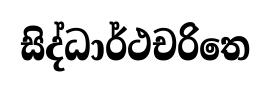
සිද්ධාර්ථචරිතෙ